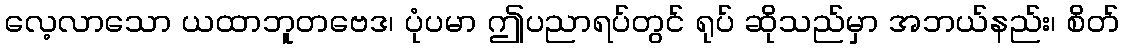
လေ့လာသော ယထာဘူတဗေဒ၊ ပုံပမာ ဤပညာရပ်တွင် ရုပ် ဆိုသည်မှာ အဘယ်နည်း၊ စိတ်